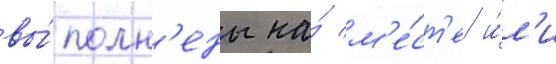
вы́полн'ены на́ м'е́ст'е и́л'и